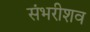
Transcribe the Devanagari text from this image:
संभरीशव